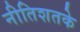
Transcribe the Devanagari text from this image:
नीतिशतके